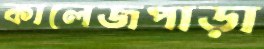
কালেজপাড়া